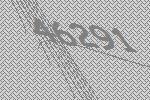
46291